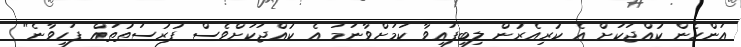
އަންހެން ކުއްޖަކަށް އެ ކުރިއެރުން ލިބިފައިވާ ކަމަށްވާނަމަ އެ ކުއްޖަކަށްވެސް ފުރުސަތުތައް ފަހިވާނެ"